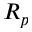
R _ { p }